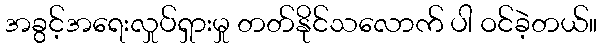
အခွင့်အရေးလှုပ်ရှားမှု တတ်နိုင်သလောက် ပါ ဝင်ခဲ့တယ်။